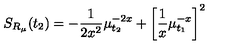
S _ { R _ { \mu } } ( t _ { 2 } ) = - \frac { 1 } { 2 x ^ { 2 } } \mu _ { t _ { 2 } } ^ { - 2 x } + \left[ \frac { 1 } { x } \mu _ { t _ { 1 } } ^ { - x } \right] ^ { 2 }